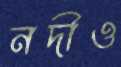
নদীও